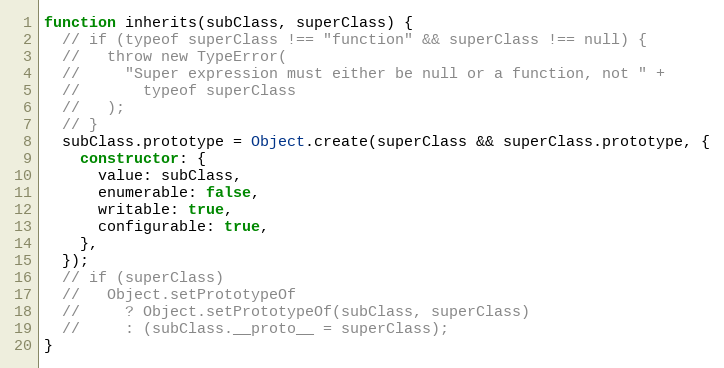
Language: JavaScript
function inherits(subClass, superClass) {
  // if (typeof superClass !== "function" && superClass !== null) {
  //   throw new TypeError(
  //     "Super expression must either be null or a function, not " +
  //       typeof superClass
  //   );
  // }
  subClass.prototype = Object.create(superClass && superClass.prototype, {
    constructor: {
      value: subClass,
      enumerable: false,
      writable: true,
      configurable: true,
    },
  });
  // if (superClass)
  //   Object.setPrototypeOf
  //     ? Object.setPrototypeOf(subClass, superClass)
  //     : (subClass.__proto__ = superClass);
}